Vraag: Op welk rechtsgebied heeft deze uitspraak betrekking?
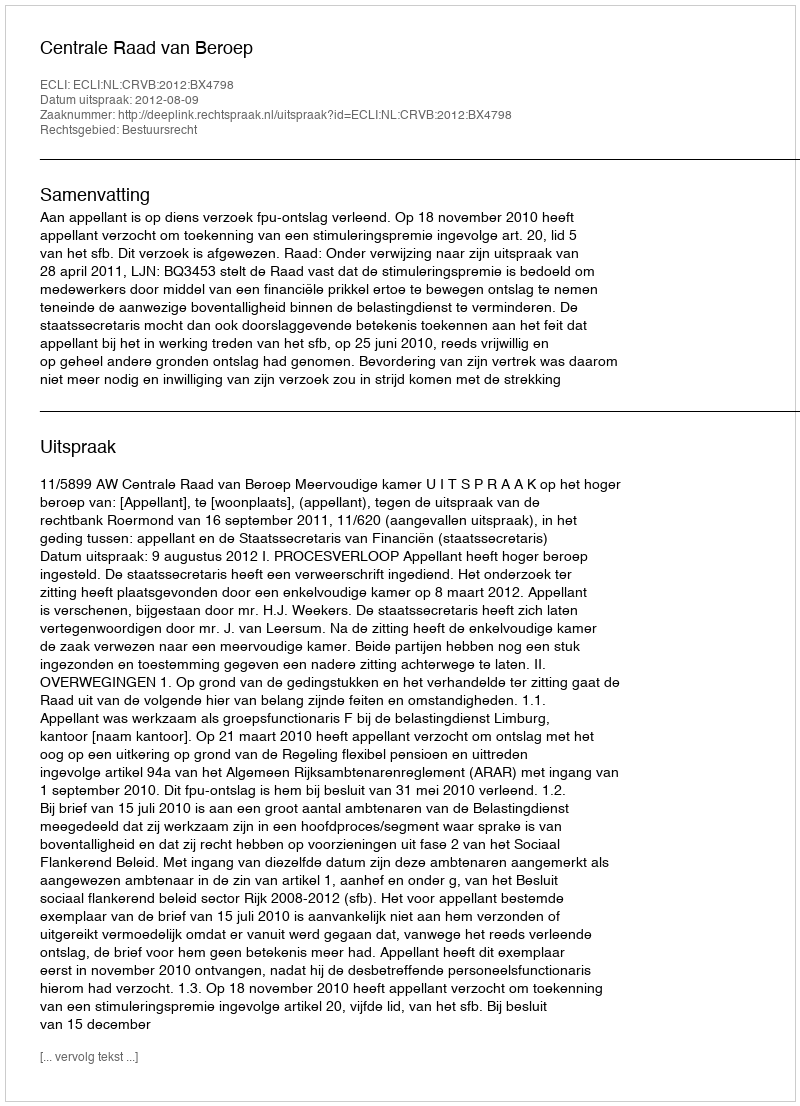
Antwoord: Bestuursrecht